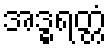
အဒ္ဓရတ္တံ